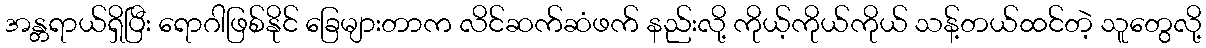
အန္တရာယ်ရှိပြီး ရောဂါဖြစ်နိုင် ခြေများတာက လိင်ဆက်ဆံဖက် နည်းလို့ ကိုယ့်ကိုယ်ကိုယ် သန့်တယ်ထင်တဲ့ သူတွေလို့